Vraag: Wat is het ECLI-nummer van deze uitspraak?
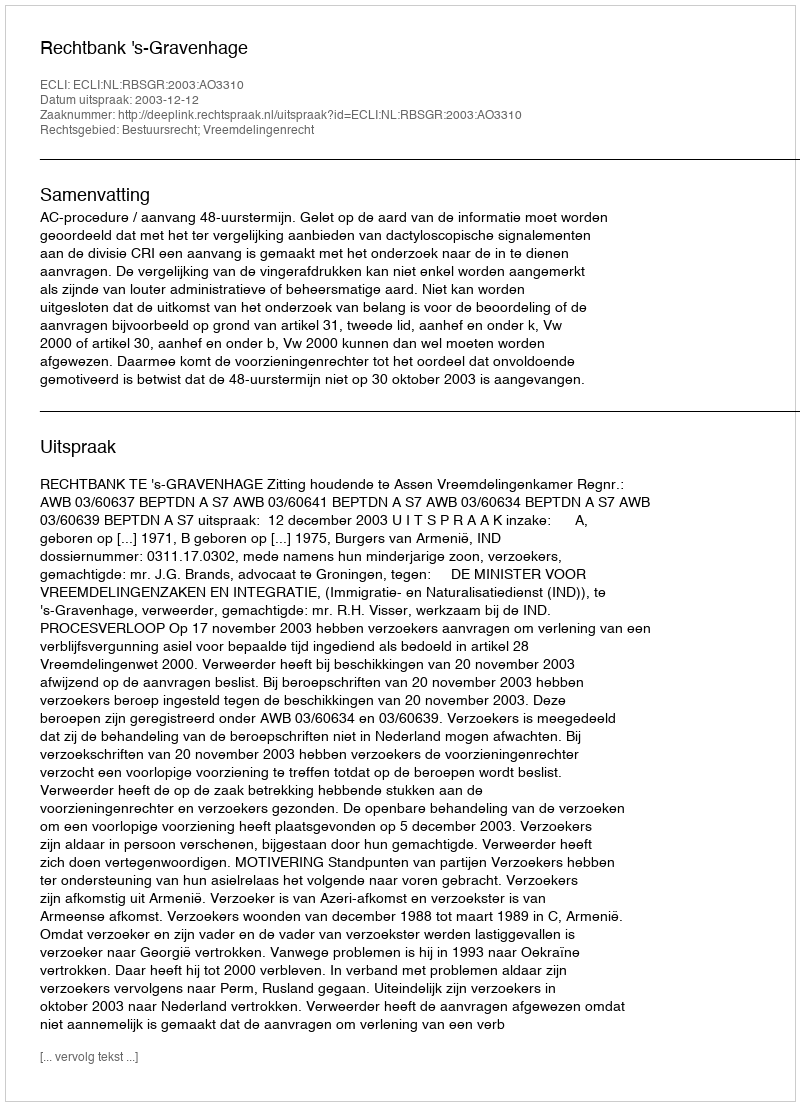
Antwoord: ECLI:NL:RBSGR:2003:AO3310